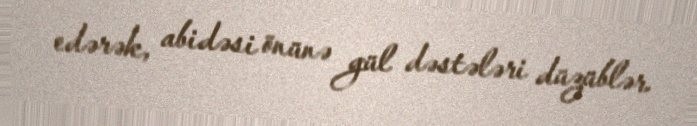
edərək, abidəsi önünə gül dəstələri düzüblər.